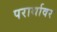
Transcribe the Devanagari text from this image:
परार्थावर